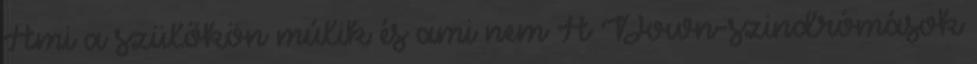
Ami a szülőkön múlik és ami nem A Down-szindrómások